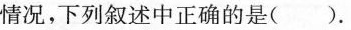
情况，下列叙述中正确的是().